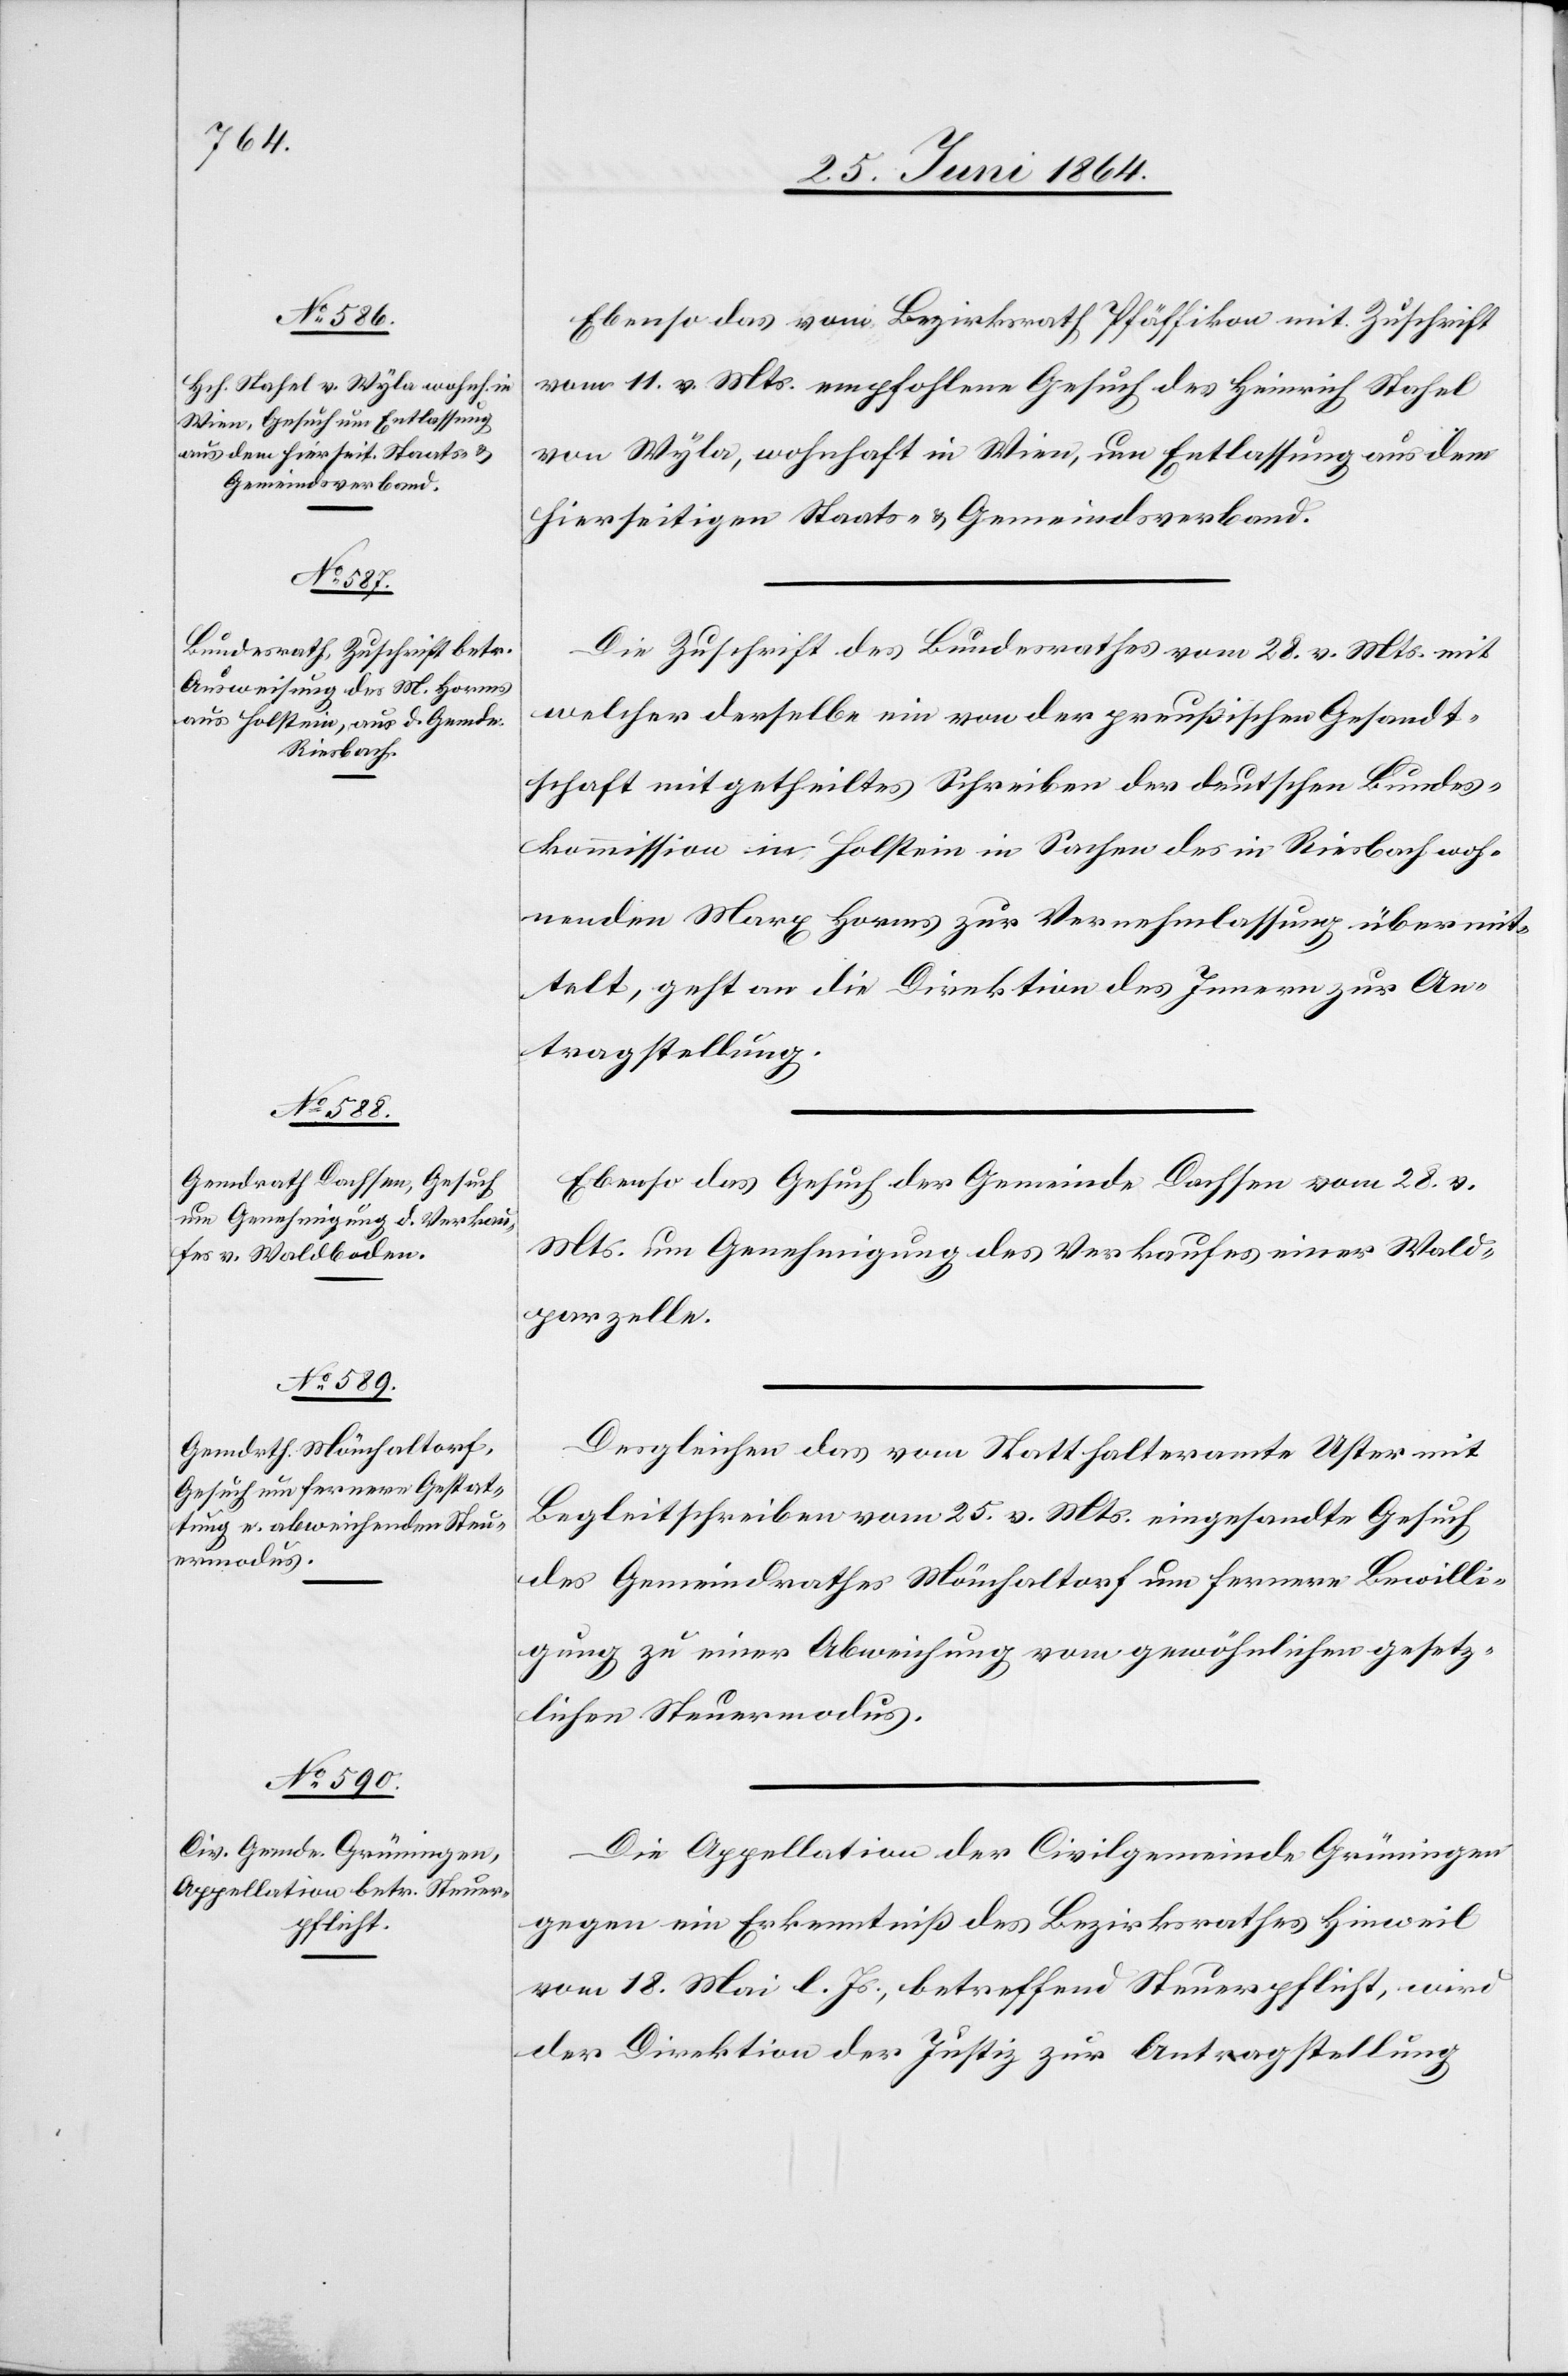
1864.]

Ebenso das vom Bezirksrath Pfäffikon mit Zuschrift
vom 11. v. Mts. empfohlene Gesuch des Heinrich Stahel
von Wyla, wohnhaft in Wien, um Entlassung aus dem
hierseitigen Staats- u. Gemeindsverband.
Die Zuschrift des Bundesrathes vom 28. v. Mts. mit
welcher derselbe ein von der preußischen Gesandt¬
schaft mitgetheiltes Schreiben der deutschen Bundes¬
kommission in Holstein in Sachen des in Riesbach woh¬
nenden Marx Horms zur Vernehmlassung übermit¬
telt, geht an die Direktion des Innern zur An¬
tragstellung.
Ebenso das Gesuch der Gemeinde Dachsen vom 28. v.
Mts. um Genehmigung des Verkaufes einer Wald¬
parzelle.
Desgleichen das vom Statthalteramte Uster mit
Begleitschreiben vom 25. v. Mts. eingesandte Gesuch
des Gemeindrathes Mönchaltorf um fernere Bewilli¬
gung zu einer Abweichung vom gewöhnlichen gesetz¬
lichen Steuermodus.
Die Appellation der Civilgemeinde Grüningen
gegen ein Erkenntniß des Bezirksrathes Hinweil
vom 18. Mai l. Js., betreffend Steuerpflicht, wird
der Direktion der Justiz zur Antragstellung